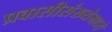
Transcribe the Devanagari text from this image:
प्रवासीसंख्येमध्ये